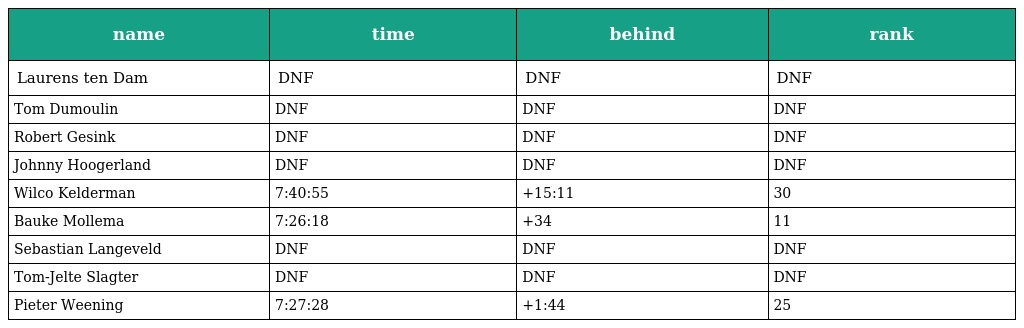
| name | time | behind | rank |
 | --- | --- | --- | --- |
 | Laurens ten Dam | DNF | DNF | DNF |
 | Tom Dumoulin | DNF | DNF | DNF |
 | Robert Gesink | DNF | DNF | DNF |
 | Johnny Hoogerland | DNF | DNF | DNF |
 | Wilco Kelderman | 7:40:55 | +15:11 | 30 |
 | Bauke Mollema | 7:26:18 | +34 | 11 |
 | Sebastian Langeveld | DNF | DNF | DNF |
 | Tom-Jelte Slagter | DNF | DNF | DNF |
 | Pieter Weening | 7:27:28 | +1:44 | 25 |